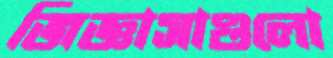
জিজ্ঞাসাগুলো